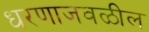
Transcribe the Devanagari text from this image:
धरणाजवळील